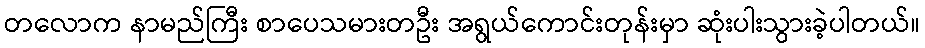
တလောက နာမည်ကြီး စာပေသမားတဦး အရွယ်ကောင်းတုန်းမှာ ဆုံးပါးသွားခဲ့ပါတယ်။